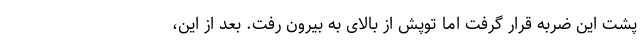
پشت این ضربه قرار گرفت اما توپش از بالای به بیرون رفت. بعد از این،